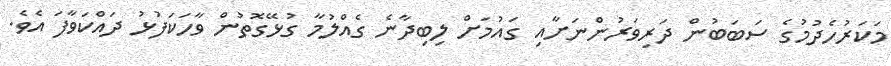
މަކަރުހެދުމުގެ ސަބަބުން ދަރިވަރުންނަށާއި ގައުމަށް ލިބިދާނެ ގެއްލުމާ ގުޅޭގޮތުން ވާހަކަފުޅު ދައްކަވާފަ އެެވެ.